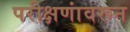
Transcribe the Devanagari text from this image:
परीक्षणांवरून